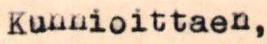
Kunnioittaen,